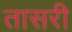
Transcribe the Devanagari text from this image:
तासरी